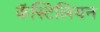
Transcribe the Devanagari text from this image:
कॅस्टिलियन